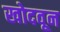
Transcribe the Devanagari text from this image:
खोदवून